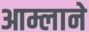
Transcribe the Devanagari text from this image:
आम्लाने